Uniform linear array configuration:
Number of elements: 64
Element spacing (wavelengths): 0.5
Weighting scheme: binomial
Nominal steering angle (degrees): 30
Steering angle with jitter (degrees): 31.755
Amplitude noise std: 0.05
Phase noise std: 0.05

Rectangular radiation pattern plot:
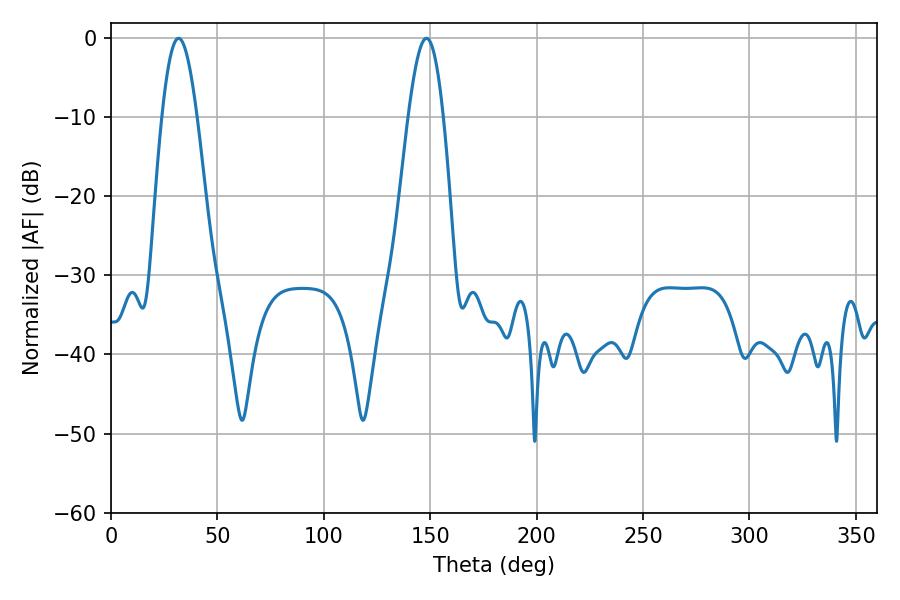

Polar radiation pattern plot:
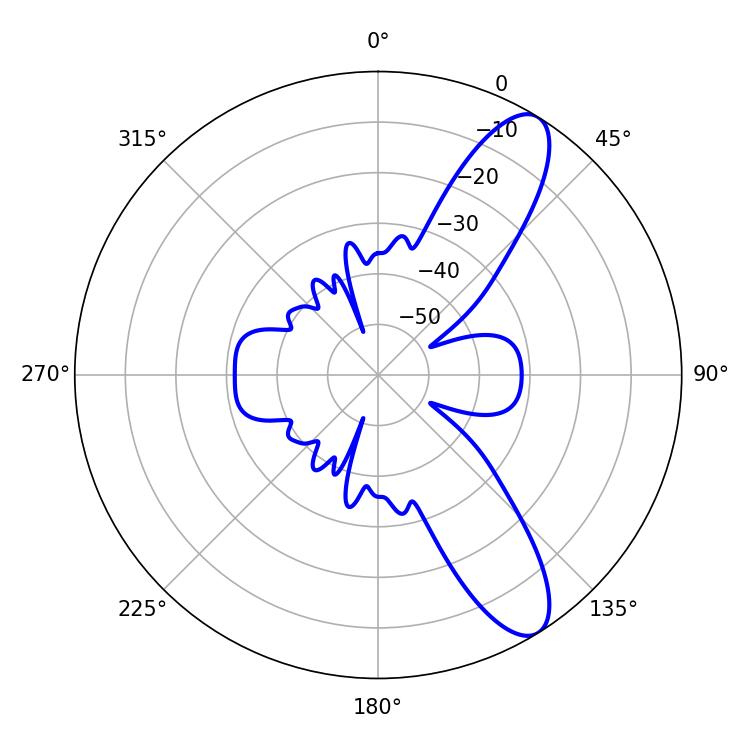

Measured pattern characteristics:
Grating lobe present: FALSE
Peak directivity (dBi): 10.482
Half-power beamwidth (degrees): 9
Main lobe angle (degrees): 31.68